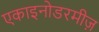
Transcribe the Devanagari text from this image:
एकाइनोडरमीज़